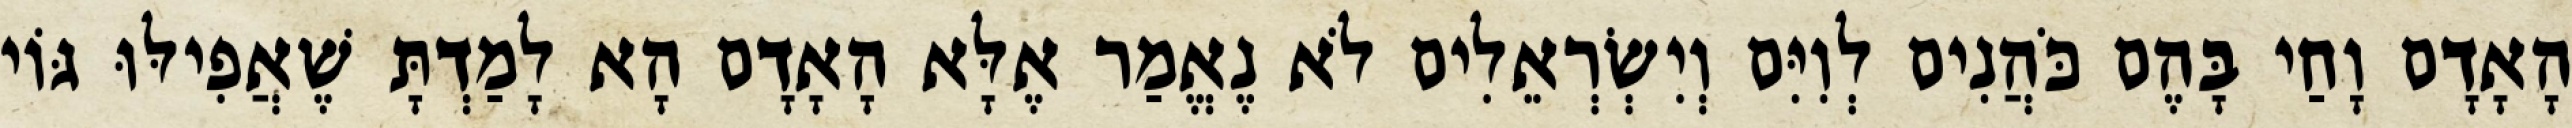
הָאָדָם וָחַי בָּהֶם כֹּהֲנִים לְוִיִּם וְיִשְׂרְאֵלִים לֹא נֶאֱמַר אֶלָּא הָאָדָם הָא לָמַדְתָּ שֶׁאֲפִילּוּ גּוֹי